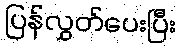
ပြန်လွှတ်ပေးပြီး